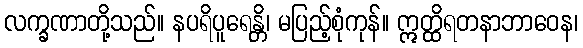
လက္ခဏာတို့သည်။ နပရိပူရေန္တိ၊ မပြည့်စုံကုန်။ ဣတ္ထိရတနာဘာဝေန၊